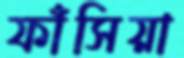
ফাঁসিয়া